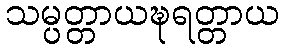
သမ္ပတ္တာယဍ္ဎရတ္တာယ